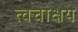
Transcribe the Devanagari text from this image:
त्वचाक्षय